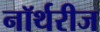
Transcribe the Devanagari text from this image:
नॉर्थरीज